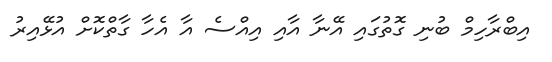
އިބްރާހިމް ބުނި ގޮތުގައި އޭނާ އާއި އިއްސެ އާ އެހާ ގާތްކޮށް އުޅޭއިރު